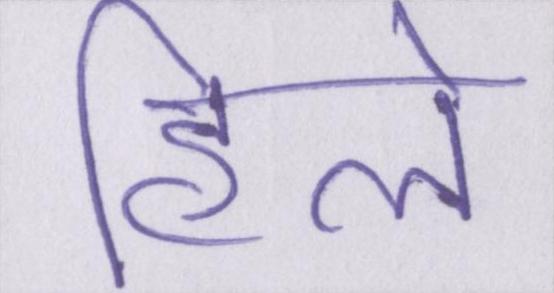
हिले